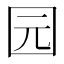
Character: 园